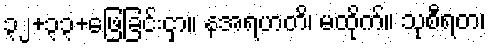
၃၂+၃၃+ဖြေခြင်းငှာ။ နအရဟတိ၊ မထိုက်။ သုစီရတ၊